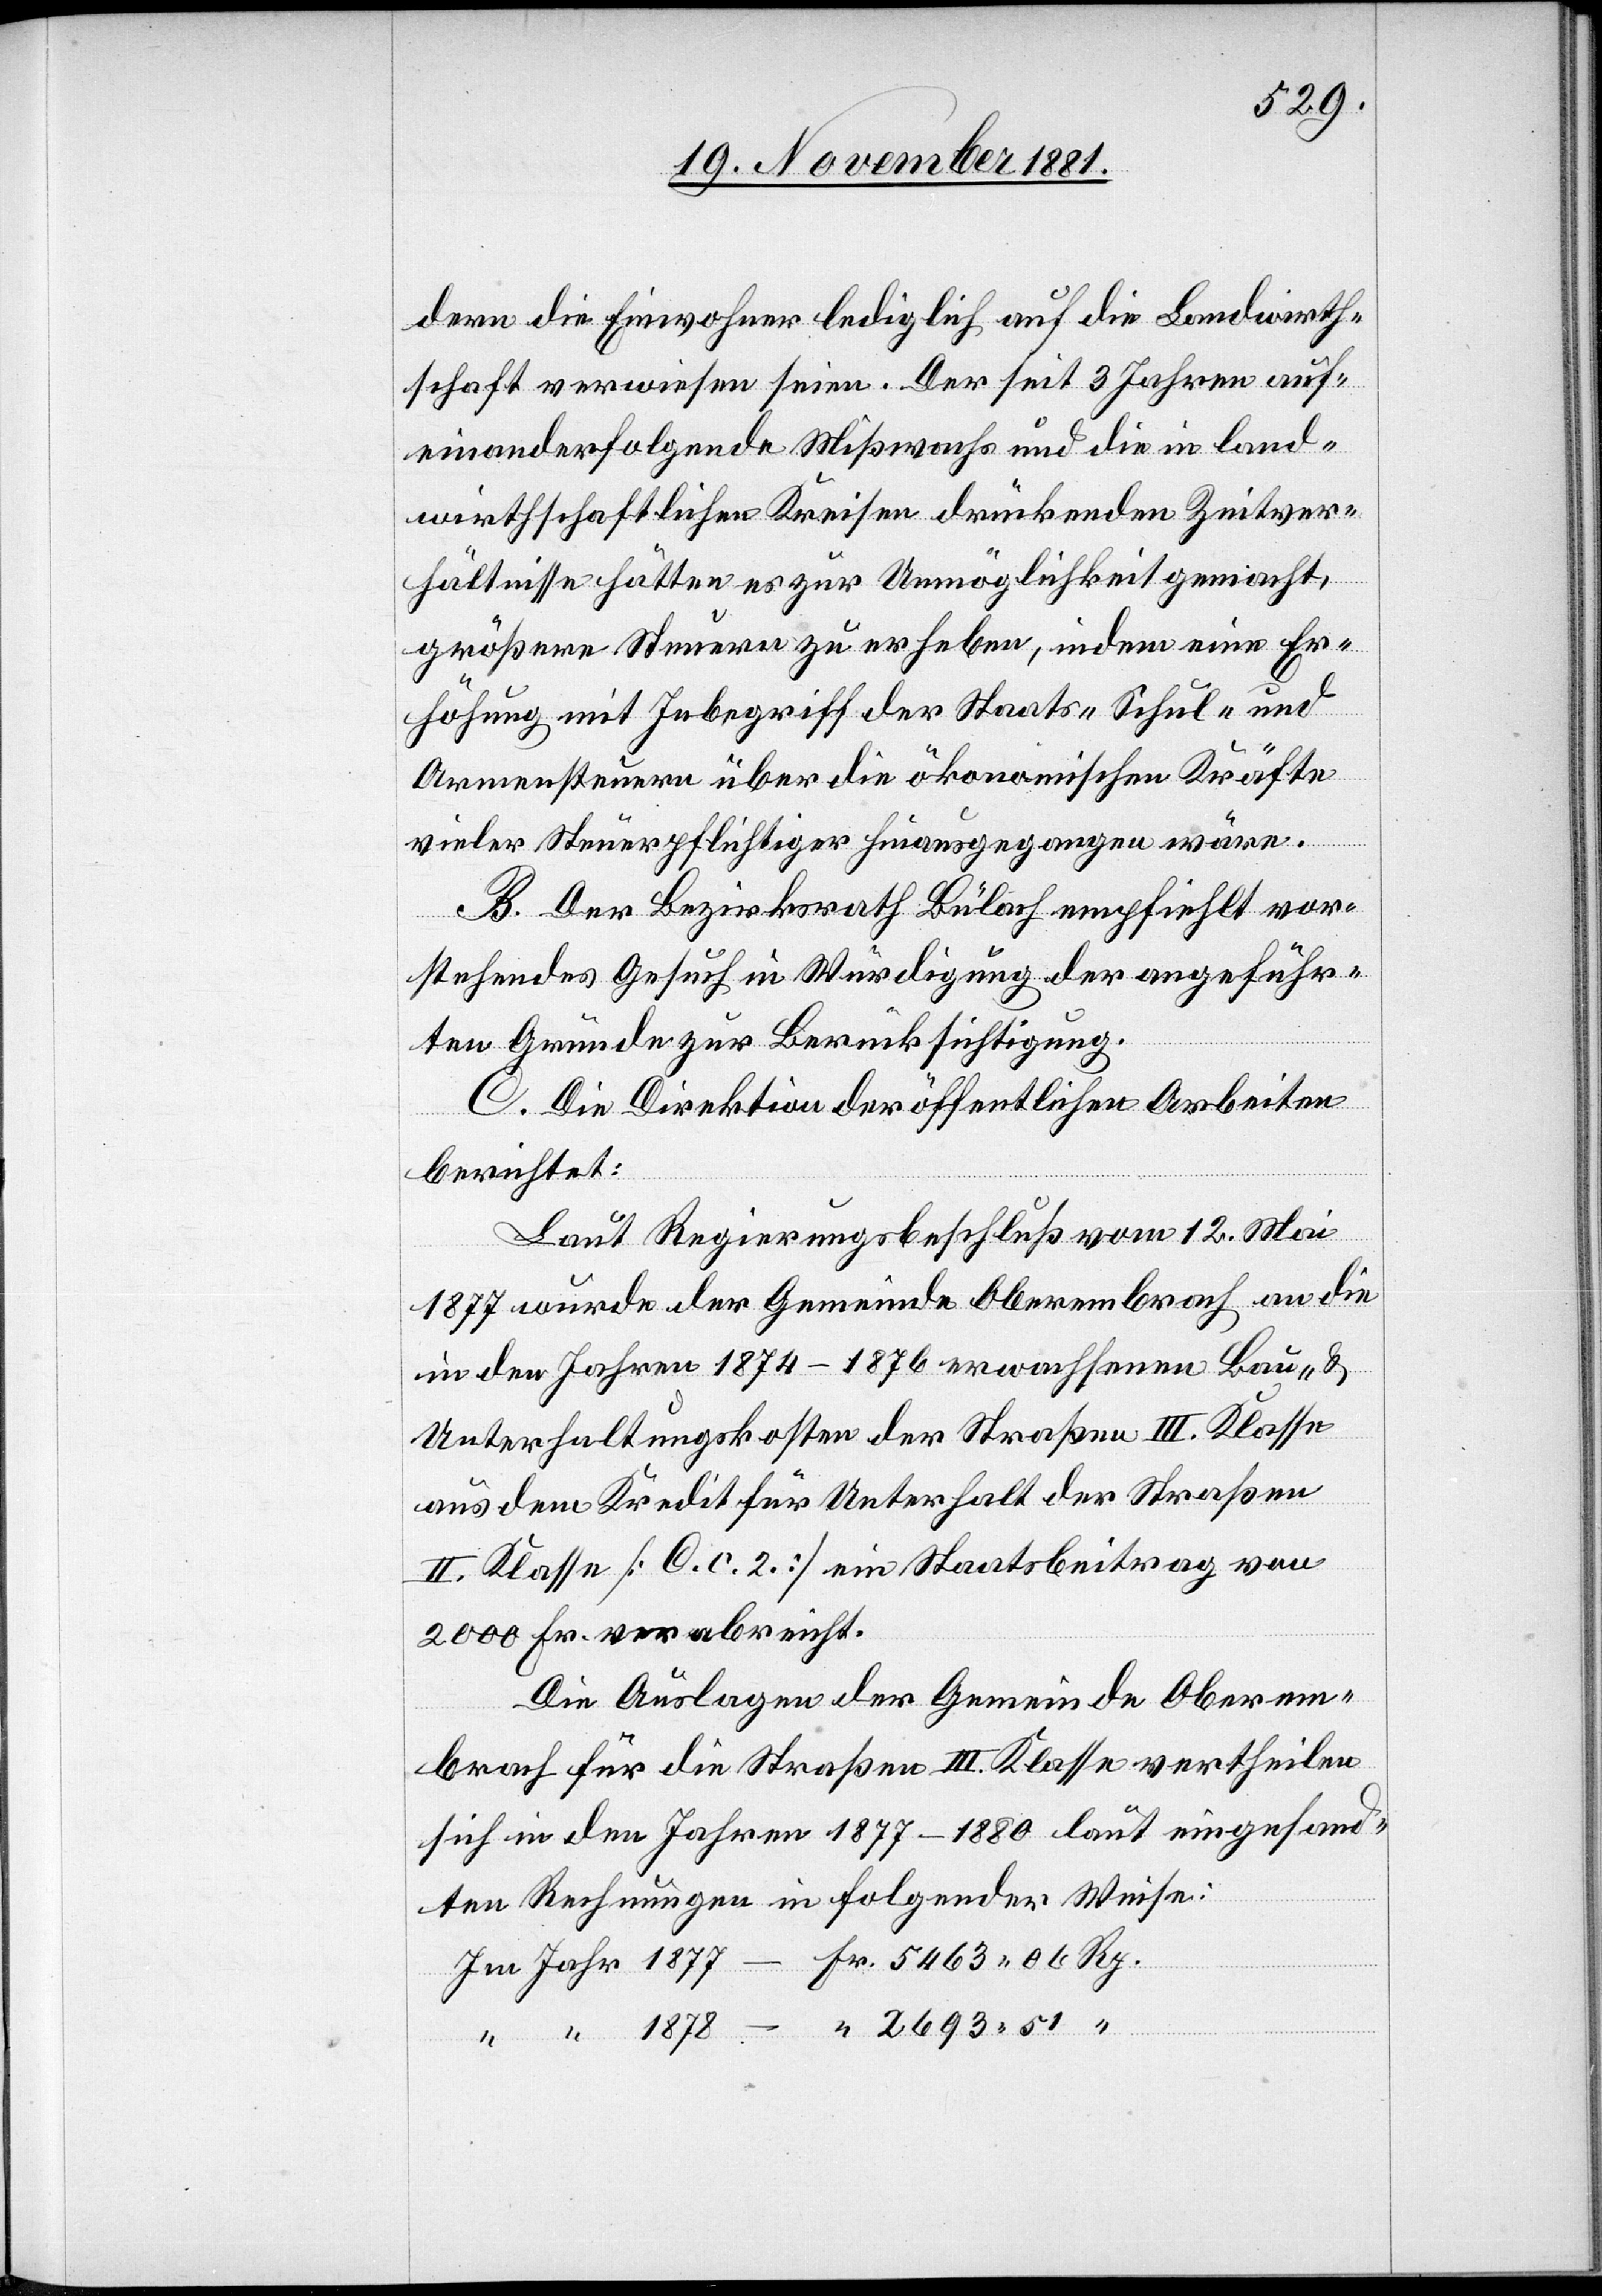
dern die Einwohner lediglich auf die Landwirth¬
schaft verwiesen seien. Der seit 3 Jahren auf¬
einanderfolgende Mißwachs und die in land¬
wirthschaftlichen Kreisen drückenden Zeitver¬
hältnisse hätten es zur Unmöglichkeit gemacht,
größere Steuern zu erheben, indem eine Er¬
höhung mit Inbegriff der Staats-[,] Schul- und
Armensteuern über die ökonomischen Kräfte
vieler Steuerpflichtiger hinausgegangen wäre.
B. Der Bezirksrath Bülach empfiehlt vor¬
stehendes Gesuch in Würdigung der angeführ¬
ten Gründe zur Berücksichtigung.
C. Die Direktion der Direktion der
berichtet:
Laut Regierungsbeschluß vom 12. Mai
1877 wurde der Gemeinde Oberembrach an die
in den Jahren 1874–1876 erwachsenen Bau- &
Unterhaltungskosten der Straßen III. Klasse
aus dem Kredit für Unterhalt der Straßen
II. Klasse [O. c. 2.] ein Staatsbeitrag von
2000 Fr. verabreicht.
Die Auslagen der Gemeinde Oberem¬
brach für die Straßen III. Klasse vertheilen
sich in den Jahren 1877–1880 laut eingesand¬
ten Rechnungen in folgender Weise:
Im Jahr 1877 – Fr. 5463 06 Rp.
“ “ 	1878 – “ 2693 51 “